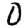
Digit: 0